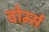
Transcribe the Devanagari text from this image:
वोर्म्स